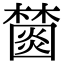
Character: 𣞖